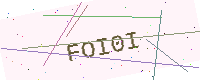
Text: FOI0I